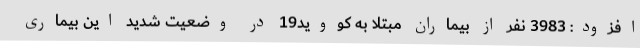
افزود: 3983 نفر از بیماران مبتلا به کووید19 در وضعیت شدید این بیماری